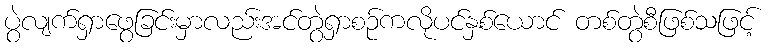
ပွဲလျက်ရှာဖွေခြင်းမှာလည်းအင်တွဲရှာစဉ်ကလိုပင်နှစ်ယောင် တစ်တွဲစီဖြစ်သဖြင့်